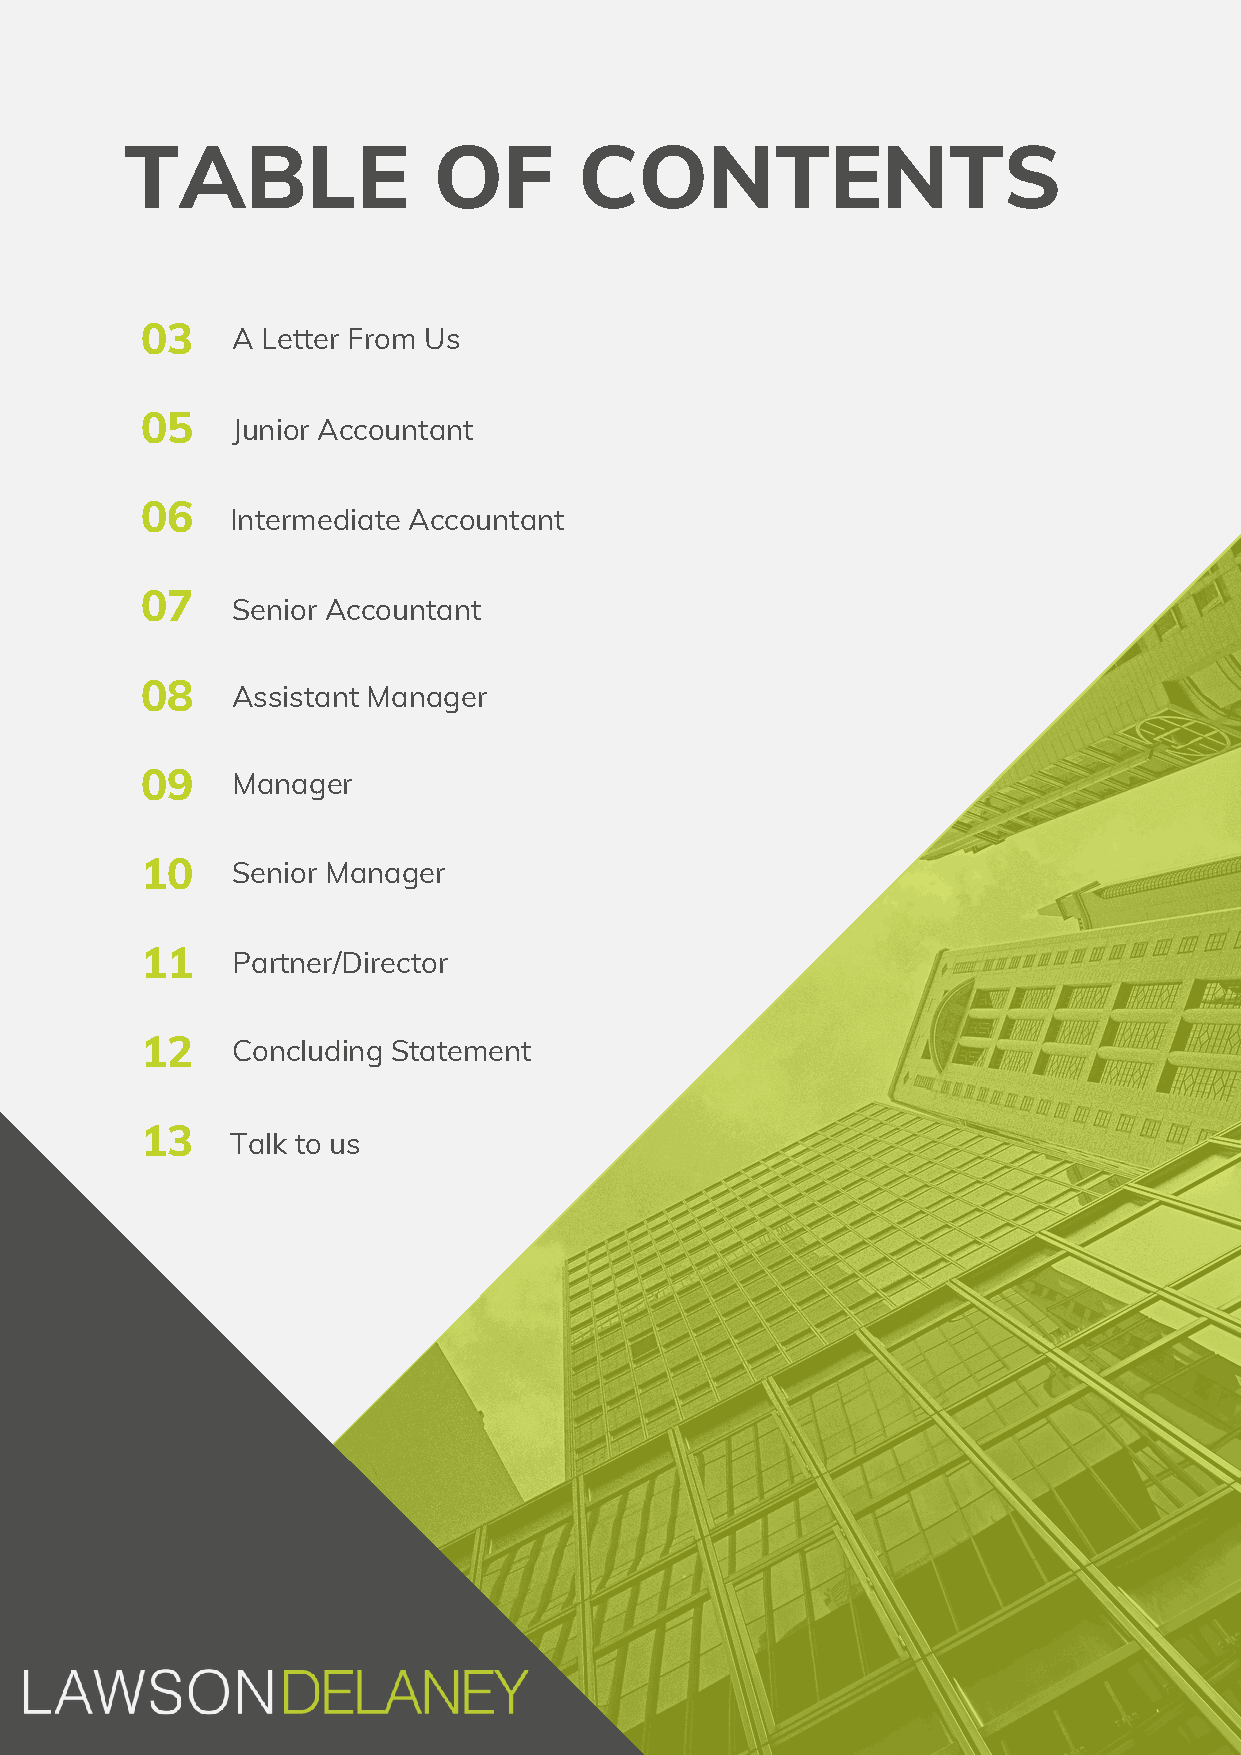
TABLE                OF       CONTENTS
 03    A Letter From Us
 05
 Junior Accountant
 06
 Intermediate Accountant
 07
 Senior Accountant
 08
 Assistant Manager
 09    Manager
 10    Senior Manager
 11    Partner/Director
 12    Concluding Statement
 13
 Talk to us